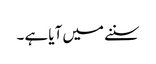
سننے میں آیا ہے ۔